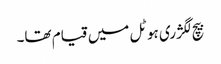
بیچ لگژری ہوٹل میں قیام تھا۔